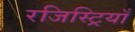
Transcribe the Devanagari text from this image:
रजिस्ट्रियाँ